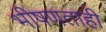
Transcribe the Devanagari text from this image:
भीषणताही